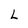
Character: L